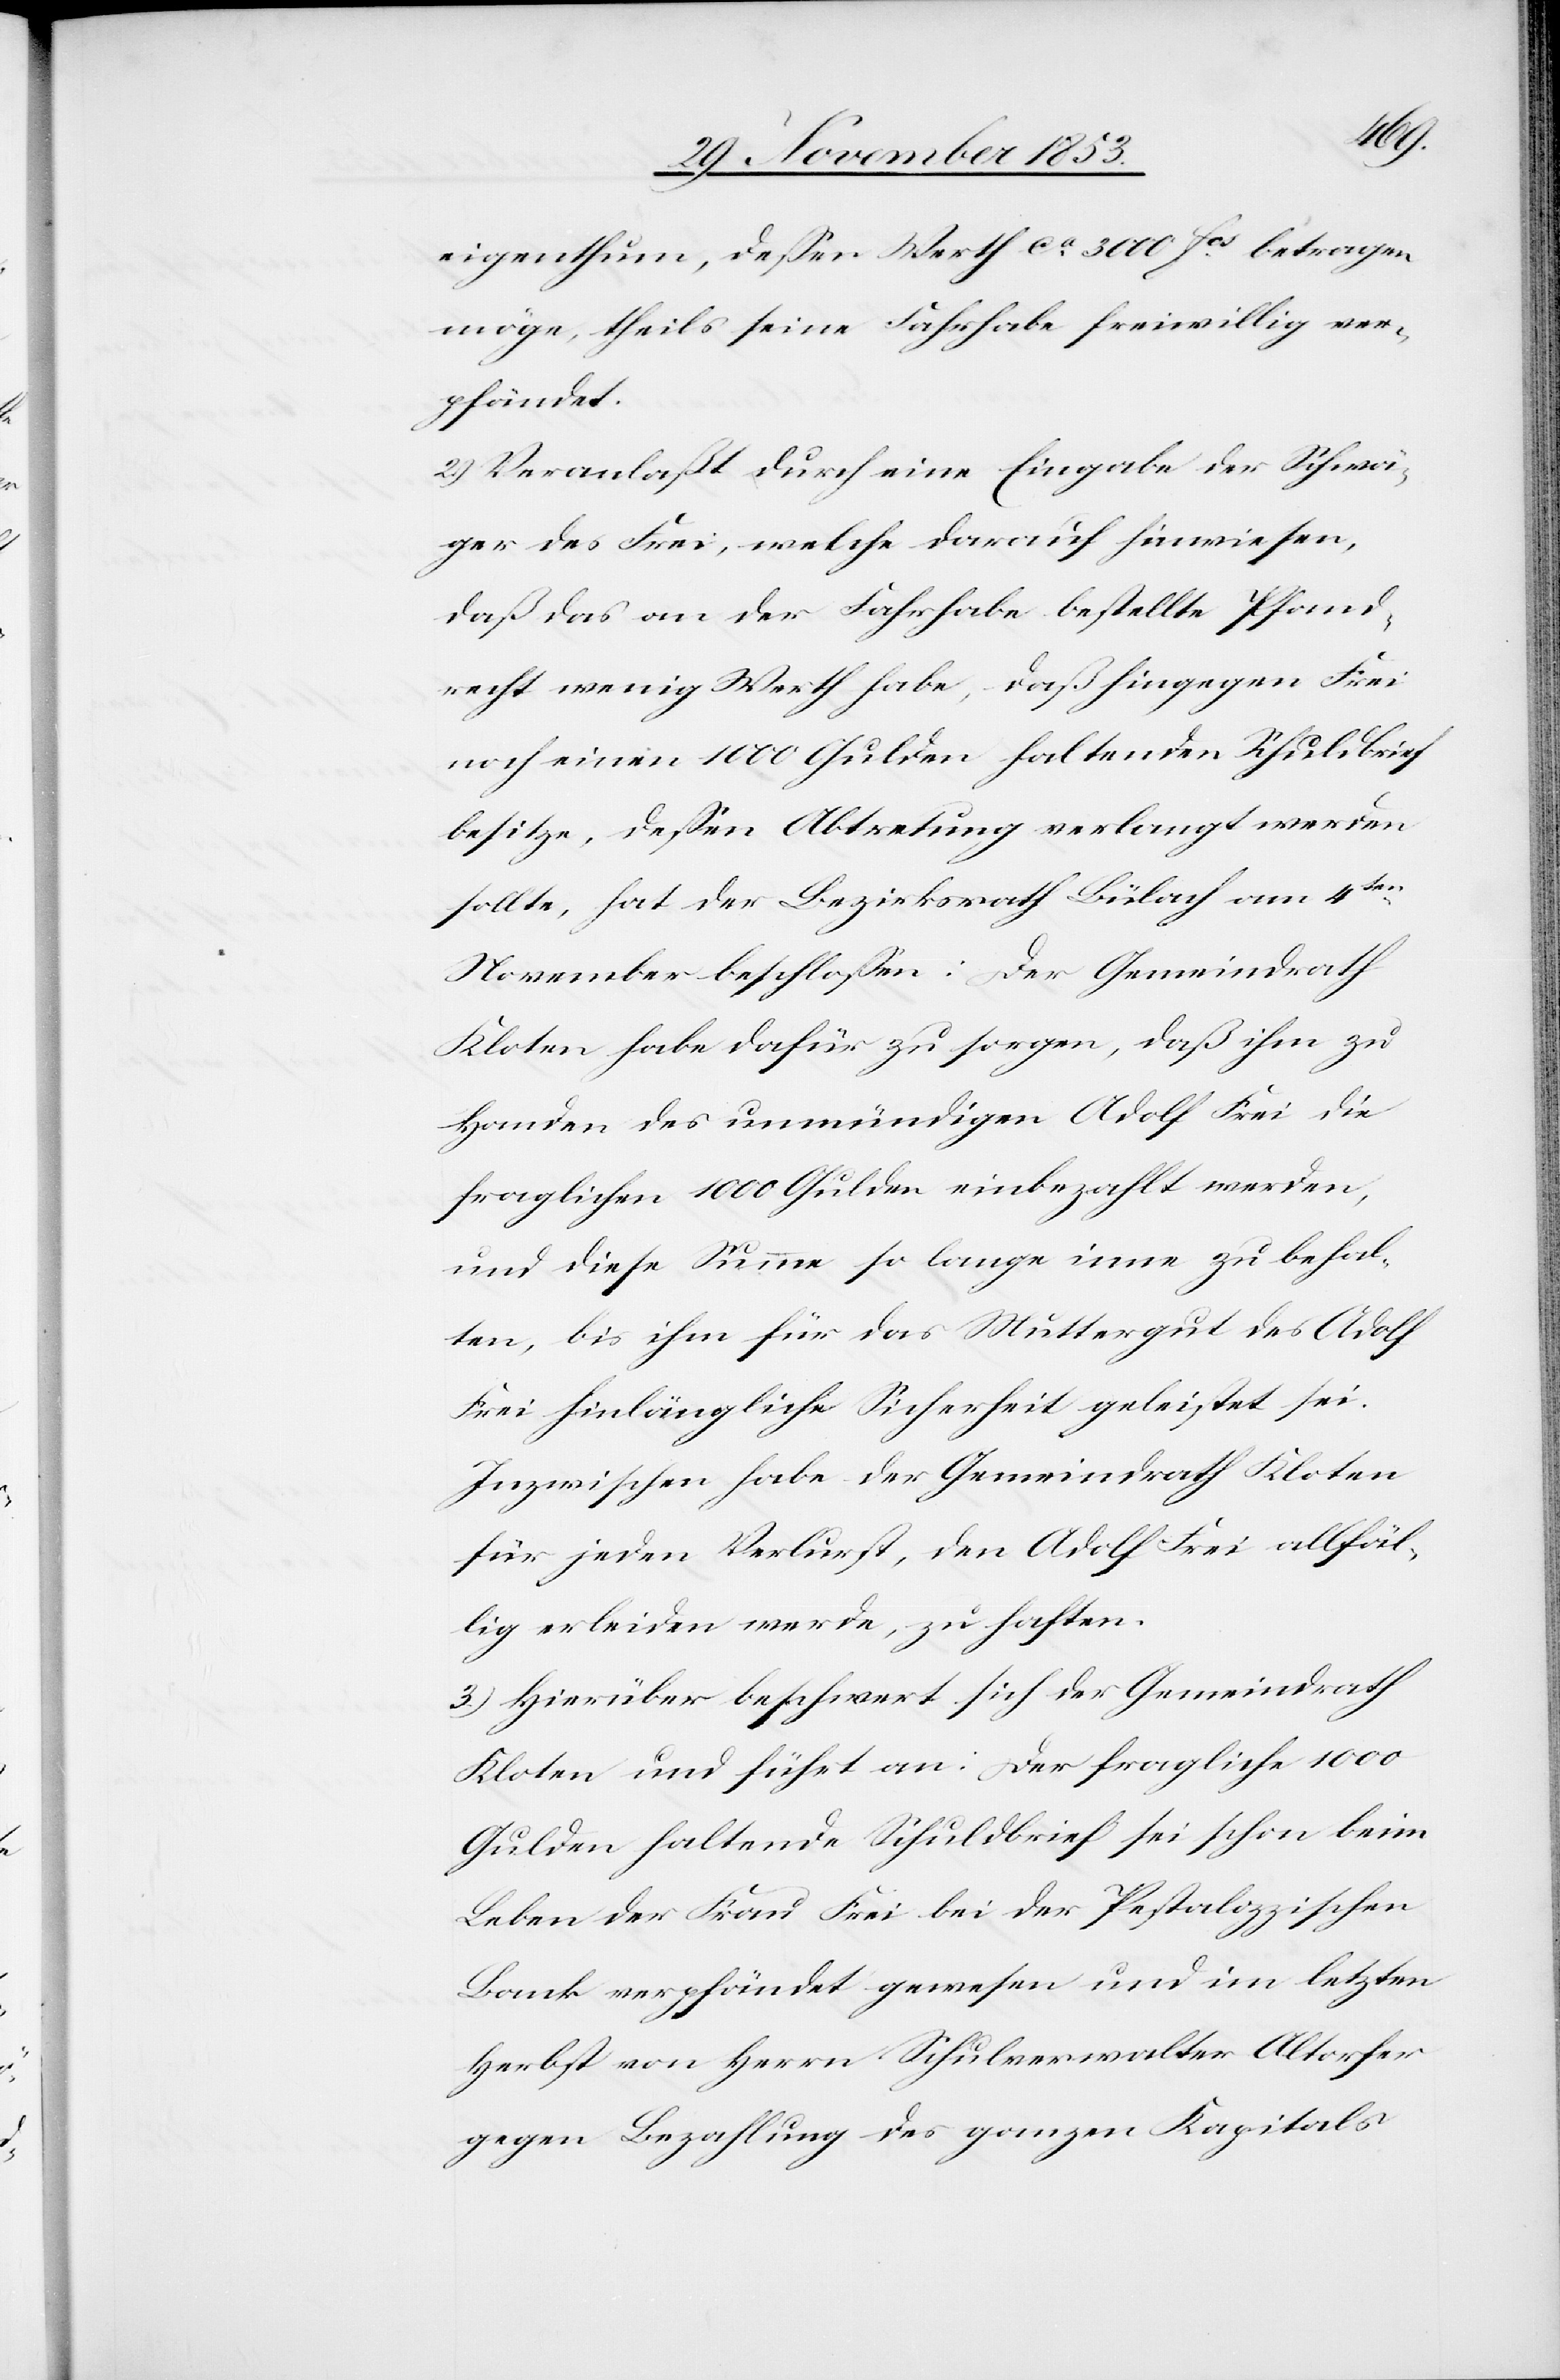
eigenthum, deßen Werth ca 3000 fcs betragen
möge, theils seine Fahrhabe freiwillig ver¬
pfändet.
2.) Veranlaßt durch eine Eingabe der Schwä¬
ger des Frei, welche darauf hinwiesen,
daß das an der Fahrhabe bestellte Pfand¬
recht wenig Werth habe, daß hingegen Frei
noch einen 1000 Gulden haltenden Schuldspruch
besitze, deßen Abtretung verlangt werden
sollte, hat der Bezirksrath Bülach am 4ten
November beschloßen: Der Gemeindrath
Kloten habe dafür zu sorgen, daß ihm zu
Handen des unmündigen Adolf Frei die
fraglichen 1000 Gulden einbezahlt werden,
und diese Summe so lange inne zu behal¬
ten, bis ihm für das Muttergut des Adolf
Frei hinlängliche Sicherheit geleistet sei.
Inzwischen habe der Gemeindrath Kloten
für jeden Verlust, den Adolf Frei allfäl¬
lig erleiden werde, zu haften.
3.) Hierüber beschwert sich der Gemeindrath
Kloten und führt an: Der fragliche 1000
Gulden haltende Schuldbrief sei schon beim
Leben der Frau Frei bei der Pestalozzischen
Bank verpfändet gewesen und im letzten
Herbst von Herrn Schulverwalter Altorfer
gegen Bezahlung des ganzen Kapitals